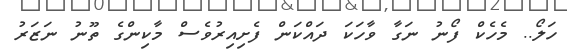
ހަލޯ.. މެހެކް ފޯނު ނަގާ ވާހަކަ ދައްކަން ފެށިއިރުވެސް މާކިންގެ ތޫނު ނަޒަރު